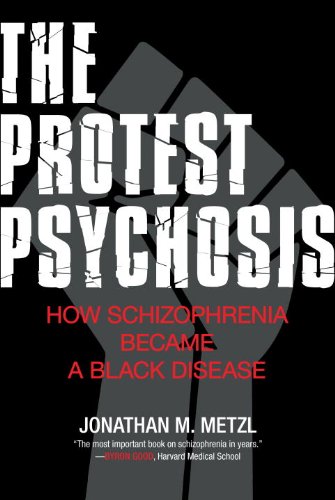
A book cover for The Protest Psychosis: How Schizophrenia Became a Black Disease; Jonathan Metzl; Medical Books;